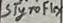
Text: Styroflex